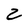
Character: 2